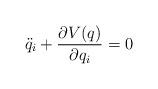
LaTeX: \begin{align*}\ddot{q}_i+\frac{\partial V(q)}{\partial q_i}=0\end{align*}